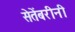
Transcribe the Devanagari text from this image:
सेतेंबरीनी